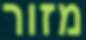
מזור